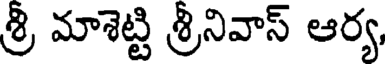
శ్రీ మాశెట్టి శ్రీనివాస్ ఆర్య,